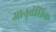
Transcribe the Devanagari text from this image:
आनुबंधिक